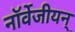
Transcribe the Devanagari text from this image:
नॉर्वेजीयन्